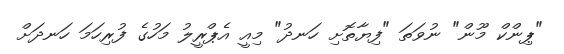
"ޕިންކް މޫން" ނުވަތަ "ފިޔާތޮށި ހަނދު" މިއީ އެޕްރީލު މަހުގެ ފުރިހަމަ ހަނދަށް